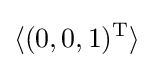
\langle (0,0,1)^{\text{T}}\rangle